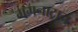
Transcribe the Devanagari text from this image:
मगनाट्रान